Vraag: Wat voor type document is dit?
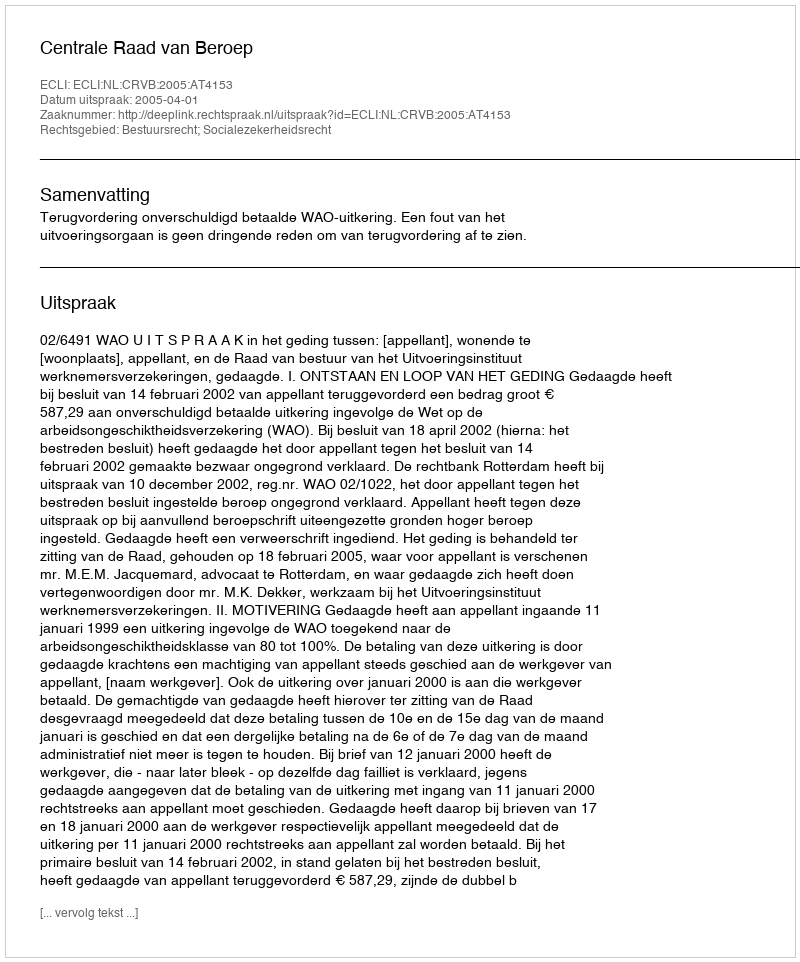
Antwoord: Uitspraak